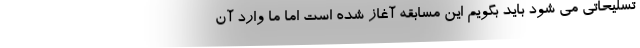
تسلیحاتی می شود باید بگویم این مسابقه آغاز شده است اما ما وارد آن